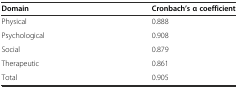
| Domain | Cronbach’s α coefficient |
 | --- | --- |
 | Physical | 0.888 |
 | Psychological | 0.908 |
 | Social | 0.879 |
 | Therapeutic | 0.861 |
 | Total | 0.905 |